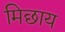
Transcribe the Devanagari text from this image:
मिछाय